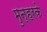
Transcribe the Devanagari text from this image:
मुन्हरके